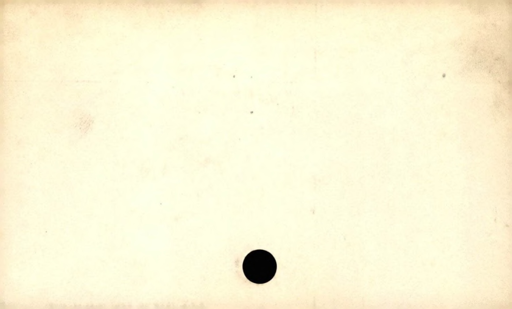
Label: blank